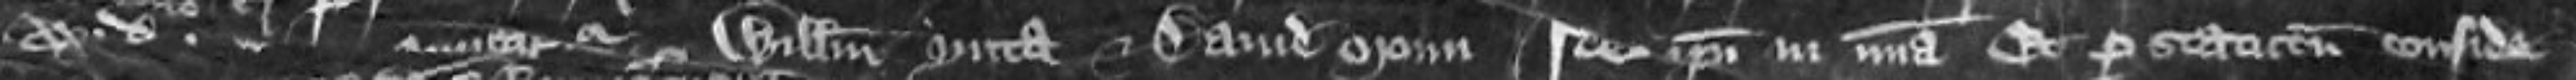
xx. d. Et manucapitur per Willelmum Ynta et David Moun Ideo ipsi in misericordia et per statutum conside